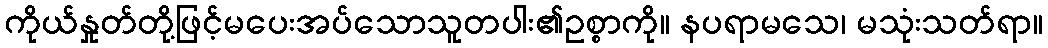
ကိုယ်နှုတ်တို့ဖြင့်မပေးအပ်သောသူတပါး၏ဥစ္စာကို။ နပရာမသေ၊ မသုံးသတ်ရာ။